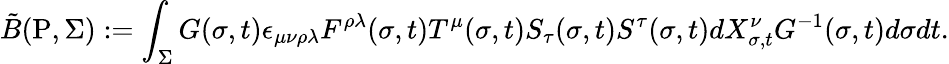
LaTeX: {\tilde{B}}(\mathrm{P},{\Sigma}):=\int_{\Sigma}G(\sigma,t)\epsilon_{\mu\nu\rho\lambda}F^{\rho\lambda}(\sigma,t)T^{\mu}(\sigma,t)S_{\tau}(\sigma,t)S^{\tau}(\sigma,t)d{X_{\sigma,t}^{\nu}}G^{-1}(\sigma,t)d\sigma dt.